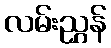
လမ်းညွှန်